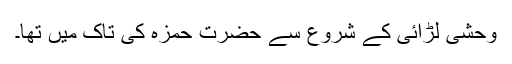
وحشی لڑائی کے شروع سے حضرت حمزہؓ کی تاک میں تھا۔